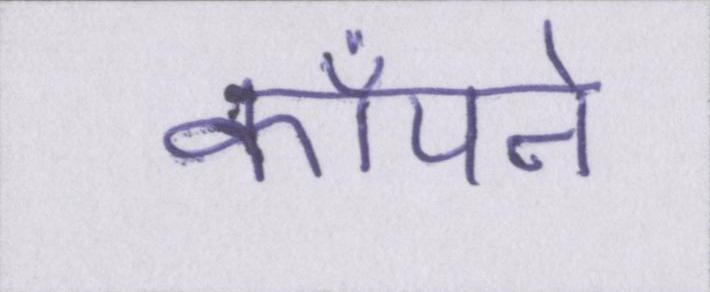
काँपने